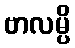
ဗာလမ္ပိ